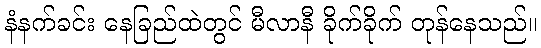
နံနက်ခင်း နေခြည်ထဲတွင် မီလာနီ ခိုက်ခိုက် တုန်နေသည်။